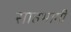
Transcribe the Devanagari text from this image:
साहभागी